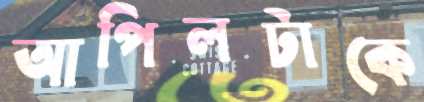
আপিলটাকে